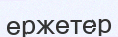
ержетер